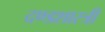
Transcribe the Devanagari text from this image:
दण्डशास्त्री